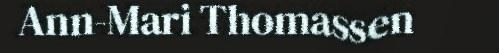
Ann-Mari Thomassen